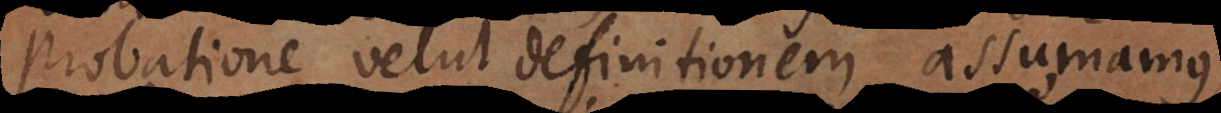
probatione velut definitionem assumamus,